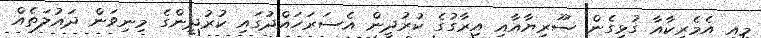
މިއީ އެމެރިކާއާ ގުޅިގެން ސޫރިޔާއާއި އިރާގުގެ ކުރުދީން އެސަރަހައްދުގައި ކުރުދީންގެ މިނިވަން ދައުލަތެއް